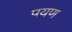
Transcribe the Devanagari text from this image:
पयण